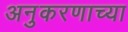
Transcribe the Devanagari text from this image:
अनुकरणाच्या